Investigations on Bengal jail dietaries - Number 37
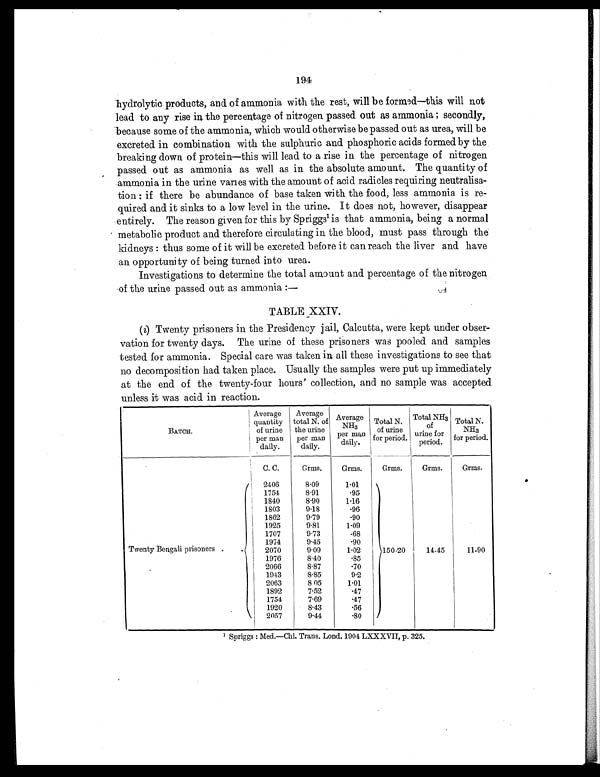
194
hydrolytic products, and of ammonia with the rest, will be formed—this will not
lead to any rise in the percentage of nitrogen passed out as ammonia; secondly,
because some of the ammonia, which would otherwise be passed out as urea, will be
excreted in combination with the sulphuric and phosphoric acids formed by the
breaking down of protein—this will lead to a rise in the percentage of nitrogen
passed out as ammonia as well as in the absolute amount. The quantity of
ammonia in the urine varies with the amount of acid radicles requiring neutralisa-
tion: if there be abundance of base taken with the food, less ammonia is re-
quired and it sinks to a low level in the urine. It does not, however, disappear
entirely. The reason given for this by Spriggs1 is that ammonia, being a normal
metabolic product and therefore circulating in the blood, must pass through the
kidneys: thus some of it will be excreted before it can reach the liver and have
an opportunity of being turned into urea.
Investigations to determine the total amount and percentage of the nitrogen
of the urine passed out as ammonia:—
TABLE XXIV.
(i) Twenty prisoners in the Presidency jail, Calcutta, were kept under obser-
vation for twenty days. The urine of these prisoners was pooled and samples
tested for ammonia. Special care was taken in all these investigations to see that
no decomposition had taken place. Usually the samples were put up immediately
at the end of the twenty-four hours' collection, and no sample was accepted
unless it was acid in reaction.
BATCH.
Average
quantity
of urine
per man
daily.
Average
total N. of
the urine
per man
daily.
Average
NH 3
per man
daily.
Total N.
of urine
for period.
Total NH3
of
urine for
period.
Total N.
NH3
for period.
C. C.
Grms.
Grms.
Grms.
Grms.
Grms.
Twenty Bengali prisoners
.
. 2406
8.09
1.01
1754
8.91
.95
1840
8.90
1.16
1803
9.18
.96
1862
9.79
.90
1925
9.81
1.09
1707
9.73
.68
1974
9.45
.90
2070
9.09
1.02
150-20
14-45
11-90
1976
8.40
.85
2066
8.87
.70
1943
8.85
9.2
2063
8 05
1.01
1892
7.52
.47
1754
7.69
.47
1920
8.43
.56
2057
9.44
. 8 0
1 Spriggs: Med.—Chi. Trans. Lond. 1904 LXXXVII, p. 325.